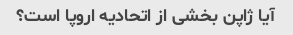
آیا ژاپن بخشی از اتحادیه اروپا است؟